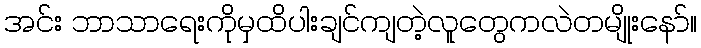
အင်း ဘာသာရေးကိုမှထိပါးချင်ကျတဲ့လူတွေကလဲတမျိုးနော်။